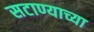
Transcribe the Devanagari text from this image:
सटाण्याच्या